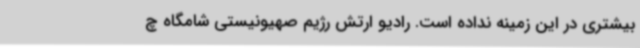
بیشتری در این زمینه نداده است. رادیو ارتش رژیم صهیونیستی شامگاه چ